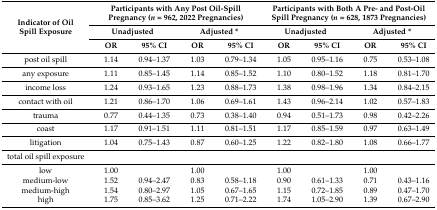
<table><thead><tr><td rowspan="3"><b>Indicator of Oil Spill Exposure</b></td><td colspan="4"><b>Participants with Any Post Oil-Spill Pregnancy (<i>n</i> = 962, 2022 Pregnancies)</b></td><td colspan="4"><b>Participants with Both A Pre- and Post-Oil Spill Pregnancy (<i>n</i> = 628, 1873 Pregnancies)</b></td></tr><tr><td colspan="2"><b>Unadjusted</b></td><td colspan="2"><b>Adjusted *</b></td><td colspan="2"><b>Unadjusted</b></td><td colspan="2"><b>Adjusted *</b></td></tr><tr><td><b>OR</b></td><td><b>95% CI</b></td><td><b>OR</b></td><td><b>95% CI</b></td><td><b>OR</b></td><td><b>95% CI</b></td><td><b>OR</b></td><td><b>95% CI</b></td></tr></thead><tbody><tr><td>post oil spill</td><td>1.14</td><td>0.94–1.37</td><td>1.03</td><td>0.79–1.34</td><td>1.05</td><td>0.95–1.16</td><td>0.75</td><td>0.53–1.08</td></tr><tr><td>any exposure</td><td>1.11</td><td>0.85–1.45</td><td>1.14</td><td>0.85–1.52</td><td>1.10</td><td>0.80–1.52</td><td>1.18</td><td>0.81–1.70</td></tr><tr><td>income loss</td><td>1.24</td><td>0.93–1.65</td><td>1.23</td><td>0.88–1.73</td><td>1.38</td><td>0.98–1.96</td><td>1.34</td><td>0.84–2.15</td></tr><tr><td>contact with oil</td><td>1.21</td><td>0.86–1.70</td><td>1.06</td><td>0.69–1.61</td><td>1.43</td><td>0.96–2.14</td><td>1.02</td><td>0.57–1.83</td></tr><tr><td>trauma</td><td>0.77</td><td>0.44–1.35</td><td>0.73</td><td>0.38–1.40</td><td>0.94</td><td>0.51–1.73</td><td>0.98</td><td>0.42–2.26</td></tr><tr><td>coast</td><td>1.17</td><td>0.91–1.51</td><td>1.11</td><td>0.81–1.51</td><td>1.17</td><td>0.85–1.59</td><td>0.97</td><td>0.63–1.49</td></tr><tr><td>litigation</td><td>1.04</td><td>0.75–1.43</td><td>0.87</td><td>0.60–1.25</td><td>1.22</td><td>0.82–1.80</td><td>1.08</td><td>0.66–1.77</td></tr><tr><td colspan="9">total oil spill exposure</td></tr><tr><td>low</td><td>1.00</td><td></td><td>1.00</td><td></td><td>1.00</td><td></td><td>1.00</td><td></td></tr><tr><td>medium-low</td><td>1.52</td><td>0.94–2.47</td><td>0.83</td><td>0.58–1.18</td><td>0.90</td><td>0.61–1.33</td><td>0.71</td><td>0.43–1.16</td></tr><tr><td>medium-high</td><td>1.54</td><td>0.80–2.97</td><td>1.05</td><td>0.67–1.65</td><td>1.15</td><td>0.72–1.85</td><td>0.89</td><td>0.47–1.70</td></tr><tr><td>high</td><td>1.75</td><td>0.85–3.62 </td><td>1.25</td><td>0.71–2.22 </td><td>1.74</td><td>1.05–2.90</td><td>1.39</td><td>0.67–2.90</td></tr></tbody></table>